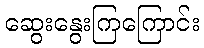
ဆွေးနွေးကြကြောင်း